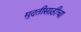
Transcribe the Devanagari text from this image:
मुदतीसाठीचा